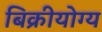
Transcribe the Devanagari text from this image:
बिक्रीयोग्य